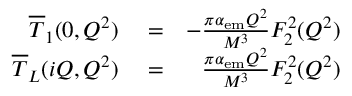
\begin{array} { r l r } { \overline { T } _ { 1 } ( 0 , Q ^ { 2 } ) } & { { } = } & { - \frac { \pi \alpha _ { \mathrm { e m } } Q ^ { 2 } } { M ^ { 3 } } F _ { 2 } ^ { 2 } ( Q ^ { 2 } ) } \\ { \overline { T } _ { L } ( i Q , Q ^ { 2 } ) } & { { } = } & { \frac { \pi \alpha _ { \mathrm { e m } } Q ^ { 2 } } { M ^ { 3 } } F _ { 2 } ^ { 2 } ( Q ^ { 2 } ) } \end{array}